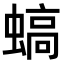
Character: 𧎸